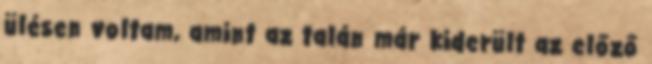
ülésen voltam, amint az talán már kiderült az előző